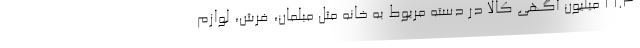
۱۶.۳ میلیون آگهی کالا در دسته مربوط به خانه مثل مبلمان، فرش، لوازم